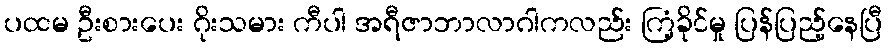
ပထမ ဦးစားပေး ဂိုးသမား ကီပါ အရီဇာဘာလာဂါကလည်း ကြံ့ခိုင်မှု ပြန်ပြည့်နေပြီ